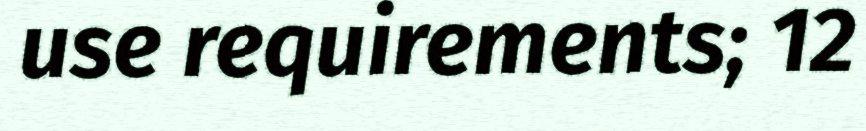
use requirements; 12